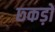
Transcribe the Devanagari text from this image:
छ्कड़ों